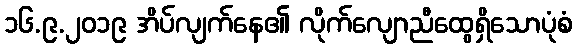
၁၆.၉.၂၀၁၉ အိပ်လျက်နေ၏ လိုက်လျောညီထွေရှိသောပုံစံ